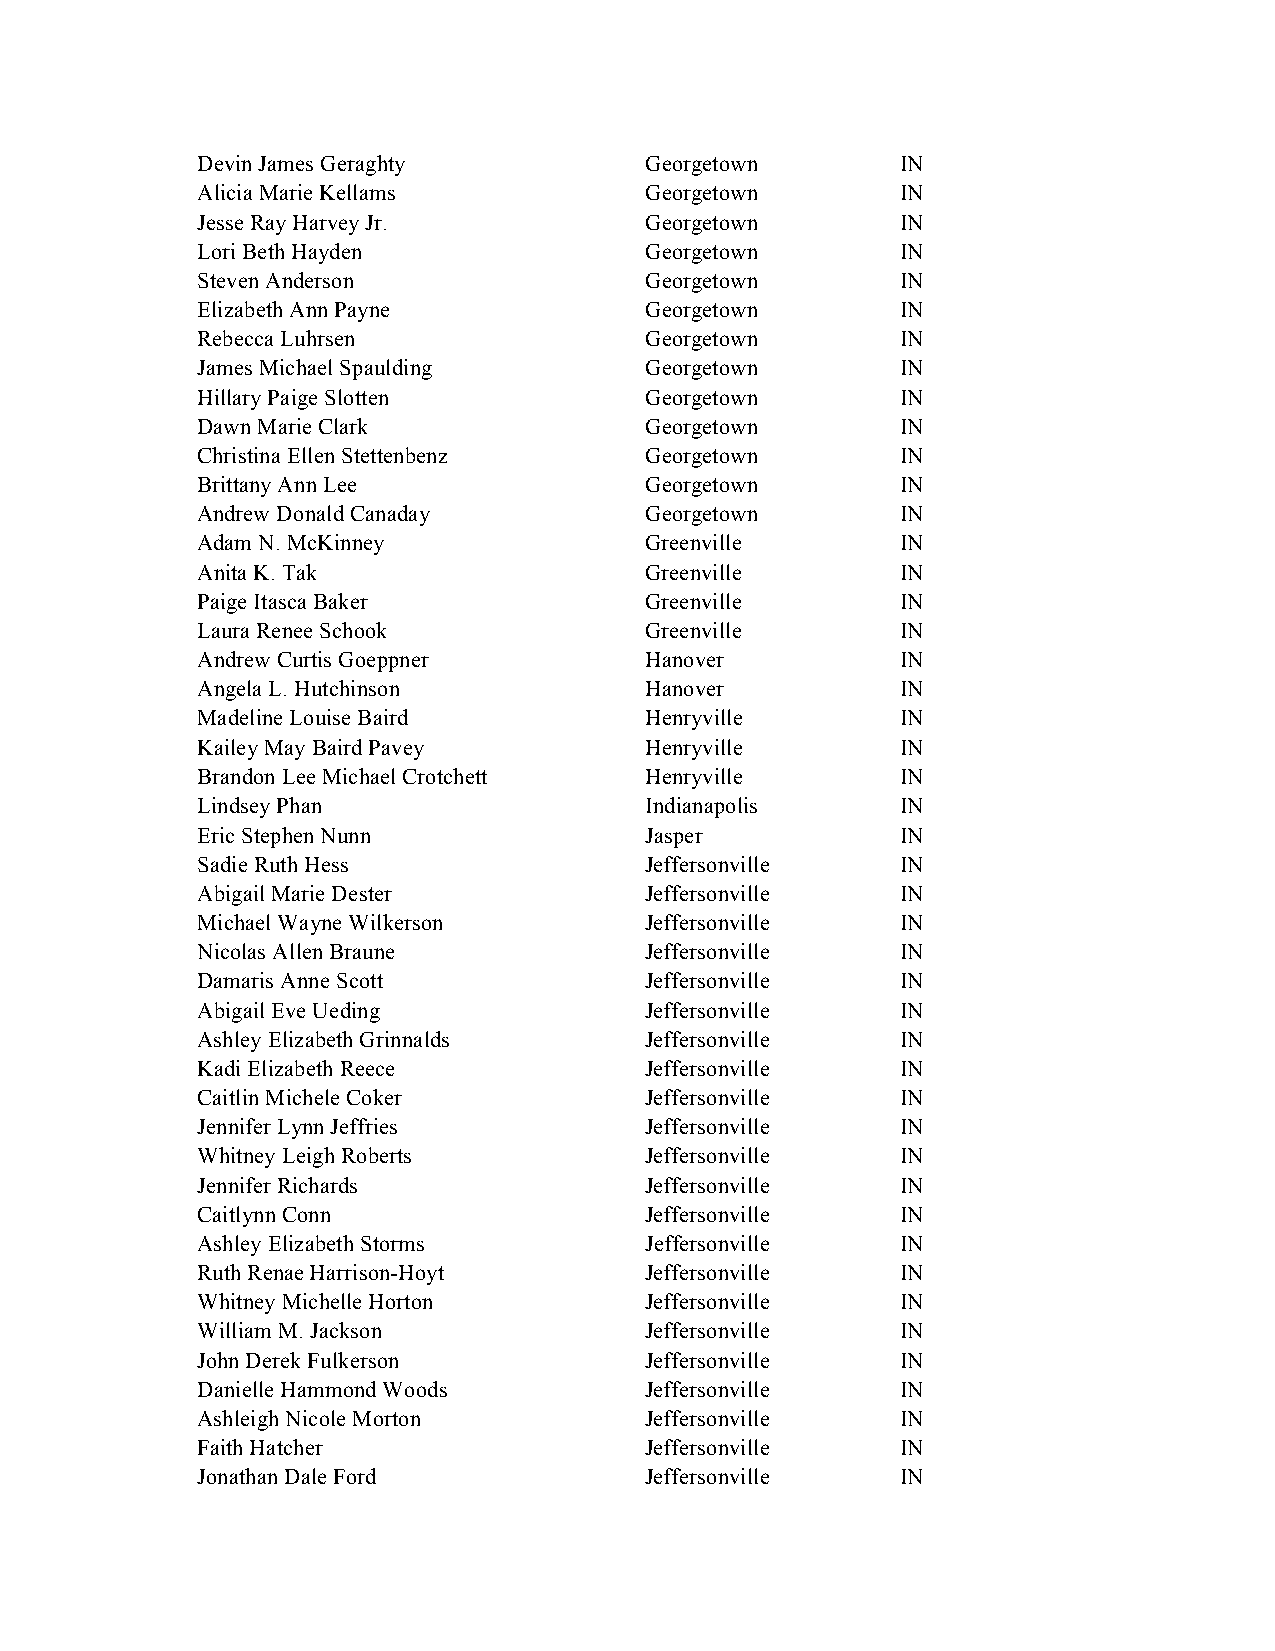
Devin James Geraghty          Georgetown       IN
 Alicia Marie Kellams          Georgetown       IN
 Jesse Ray Harvey Jr.          Georgetown       IN
 Lori Beth Hayden              Georgetown       IN
 Steven Anderson               Georgetown       IN
 Elizabeth Ann Payne           Georgetown       IN
 Rebecca Luhrsen               Georgetown       IN
 James Michael Spaulding       Georgetown       IN
 Hillary Paige Slotten         Georgetown       IN
 Dawn Marie Clark              Georgetown       IN
 Christina Ellen Stettenbenz   Georgetown       IN
 Brittany Ann Lee              Georgetown       IN
 Andrew Donald Canaday         Georgetown       IN
 Adam N. McKinney              Greenville       IN
 Anita K. Tak                  Greenville       IN
 Paige Itasca Baker            Greenville       IN
 Laura Renee Schook            Greenville       IN
 Andrew Curtis Goeppner        Hanover          IN
 Angela L. Hutchinson          Hanover          IN
 Madeline Louise Baird         Henryville       IN
 Kailey May Baird Pavey        Henryville       IN
 Brandon Lee Michael Crotchett Henryville       IN
 Lindsey Phan                  Indianapolis     IN
 Eric Stephen Nunn             Jasper           IN
 Sadie Ruth Hess               Jeffersonville   IN
 Abigail Marie Dester          Jeffersonville   IN
 Michael Wayne Wilkerson       Jeffersonville   IN
 Nicolas Allen Braune          Jeffersonville   IN
 Damaris Anne Scott            Jeffersonville   IN
 Abigail Eve Ueding            Jeffersonville   IN
 Ashley Elizabeth Grinnalds    Jeffersonville   IN
 Kadi Elizabeth Reece          Jeffersonville   IN
 Caitlin Michele Coker         Jeffersonville   IN
 Jennifer Lynn Jeffries        Jeffersonville   IN
 Whitney Leigh Roberts         Jeffersonville   IN
 Jennifer Richards             Jeffersonville   IN
 Caitlynn Conn                 Jeffersonville   IN
 Ashley Elizabeth Storms       Jeffersonville   IN
 Ruth Renae Harrison-Hoyt      Jeffersonville   IN
 Whitney Michelle Horton       Jeffersonville   IN
 William M. Jackson            Jeffersonville   IN
 John Derek Fulkerson          Jeffersonville   IN
 Danielle Hammond Woods        Jeffersonville   IN
 Ashleigh Nicole Morton        Jeffersonville   IN
 Faith Hatcher                 Jeffersonville   IN
 Jonathan Dale Ford            Jeffersonville   IN